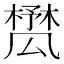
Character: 𣛾